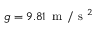
g = 9 . 8 1 \, \mathrm { ~ m ~ } / \mathrm { ~ s ~ } ^ { 2 }